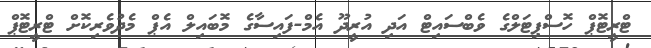
ޓްރީޓޮޕް ހޮސްޕިޓަލްގެ ވެބްސައިޓް އަދި އުރީދޫ އެމް-ފައިސާގެ މޮބައިލް އެޕް މެދުވެރިކޮށް ޓްރީޓޮޕް